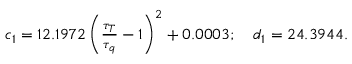
\begin{array} { r } { c _ { 1 } = 1 2 . 1 9 7 2 \left( \frac { \tau _ { T } } { \tau _ { q } } - 1 \right) ^ { 2 } + 0 . 0 0 0 3 ; \quad d _ { 1 } = 2 4 . 3 9 4 4 . } \end{array}